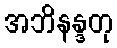
အဘိနန္ဒတု